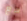
مع